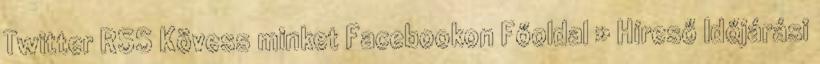
Twitter RSS Kövess minket Facebookon Főoldal » Híreső Időjárási